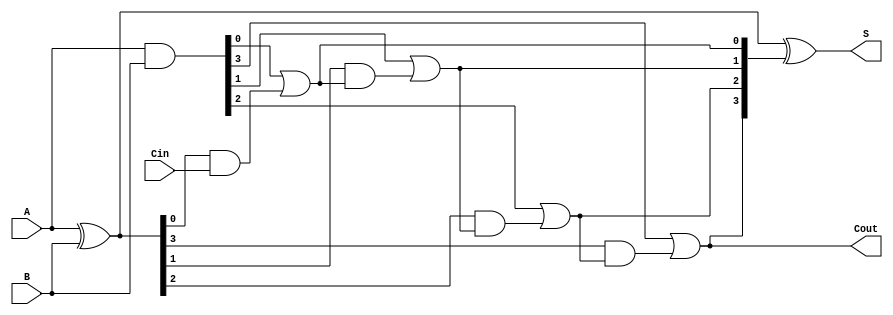
module SklanskyAdder #(parameter n = 4) (
    input [n-1:0] A,
    input [n-1:0] B,
    input Cin,
    output [n-1:0] S,
    output Cout
);

    // Generate and Propagate signals
    wire [n-1:0] G; // Generate signals
    wire [n-1:0] P; // Propagate signals
    wire [n:0] C;   // Carry signals (C[0] = Cin)

    // Generate and Propagate calculations
    assign G = A & B;          // G[i] = A[i] AND B[i]
    assign P = A ^ B;          // P[i] = A[i] XOR B[i]

    // Carry signal calculations
    assign C[0] = Cin;         // Initial carry-in
    genvar i;
    generate
        for (i = 0; i < n; i = i + 1) begin : carry_generation
            if (i == 0) begin
                assign C[1] = G[0] | (P[0] & C[0]); // C[1] = G[0] OR (P[0] AND C[0])
            end else begin
                assign C[i + 1] = G[i] | (P[i] & C[i]); // C[i+1] = G[i] OR (P[i] AND C[i])
            end
        end
    endgenerate

    // Sum calculation
    assign S = P ^ C[n:1]; // S[i] = P[i] XOR C[i+1]

    // Final carry-out
    assign Cout = C[n]; // Cout = C[n]

endmodule